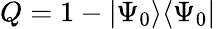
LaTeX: Q=1-|\Psi_{0}\rangle\langle\Psi_{0}|